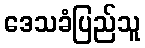
ဒေသခံပြည်သူ